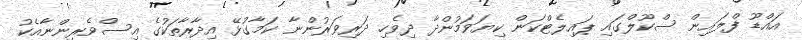
އައްޑޫ ފްލައިން ސްކޫލްގައި ޕައިލެޓްކަން ކިޔަވަމުންދާ ދިވެހި ދަރިވަރުންނާ ކަމާގުޅޭ އިދާރާތަކުގެ އިސްވެރިންނާއެކު